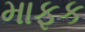
માફક